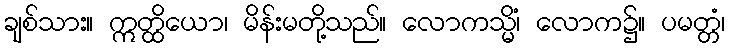
ချစ်သား။ ဣတ္ထိယော၊ မိန်းမတို့သည်။ လောကသ္မိံ၊ လောက၌။ ပမတ္တံ၊